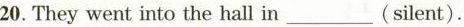
20.Theywent into the hall in ___ (silent).